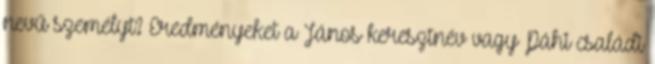
nevű személyt? Eredményeket a János keresztnév vagy Páhi családi